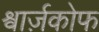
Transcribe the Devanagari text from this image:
श्वार्ज़कोफ